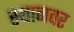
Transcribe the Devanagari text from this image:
स्थानवर